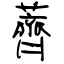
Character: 薺